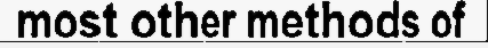
most other methods of